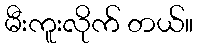
မီးကူးလိုက် တယ်။